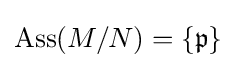
\operatorname {Ass} (M/N)=\{{\mathfrak {p}}\}